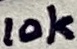
Text: 10k